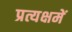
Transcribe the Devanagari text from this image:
प्रत्यक्षमें